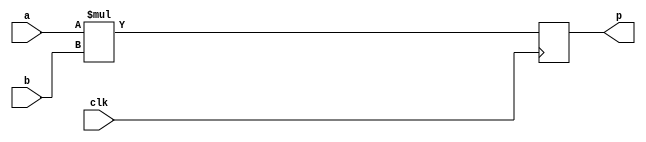
module hw_multiplier 
( 
    clk, 
    a, 
    b, 
    p 
);

//-----------------------------------------------------------------
// I/O
//-----------------------------------------------------------------     
input           clk;
input   [31:0]  a;
input   [31:0]  b;
output  [63:0]  p;

//-----------------------------------------------------------------
// Registers / Wires
//-----------------------------------------------------------------
integer         signed_a;
integer         signed_b;

//-----------------------------------------------------------------
// Implementation
//----------------------------------------------------------------- 

// Conversion unsigned to signed
assign signed_a = a;
assign signed_b = b;

// Multiplier
always @(posedge clk)
    p <=  signed_a * signed_b;

endmodule